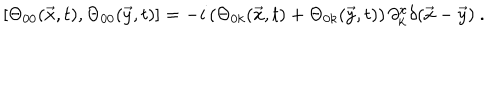
[ \Theta _ { 0 0 } ( \vec { x } , t ) , \Theta _ { 0 0 } ( \vec { y } , t ) ] = - i \left( \Theta _ { 0 k } ( \vec { x } , t ) + \Theta _ { 0 k } ( \vec { y } , t ) \right) \partial _ { k } ^ { x } \delta ( \vec { x } - \vec { y } ) ~ .